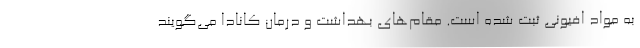
به مواد افیونی ثبت شده است. مقام‌های بهداشت و درمان کانادا می‌گویند